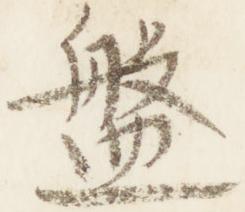
盤